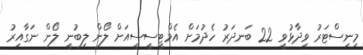
މިނިސްޓަރު ވިދާޅުވީ 22 ބަނދަރު ހެދުމަށް އެމްޓީސީސީއަށް ލޯން ލިބުނީ ލޯން ނަގާއިރު